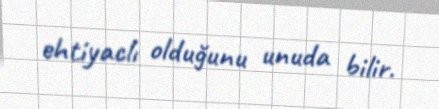
ehtiyaclı olduğunu unuda bilir.